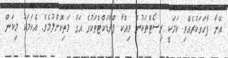
އޭނާ ފާހަގަކުރެއްވި ކަމަކީ ރިސޯޓްތަކުން ވިއްކާ ޕްރޮޑަކްޓްތަކުގެ އަގު މަތިކޮށްލުމެވެ. އެކަމަކު މިކަން